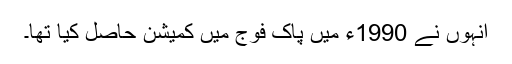
انہوں نے 1990ء میں پاک فوج میں کمیشن حاصل کیا تھا۔